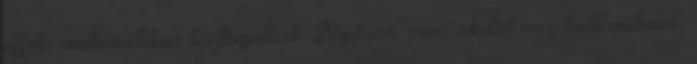
efféle automatikus tisztogatást. Nyilván van, akitől meg kell válnod,